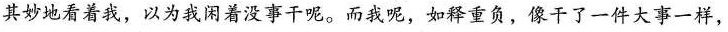
其妙地看着我，以为我闲着没事干呢。而我呢，如释重负，像干了一件大事一样，